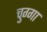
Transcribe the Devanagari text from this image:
चुग्गा